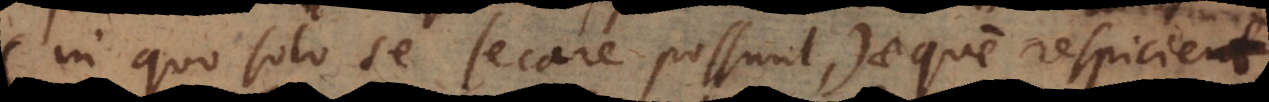
(in quo solo se secare possunt) aeque respicie